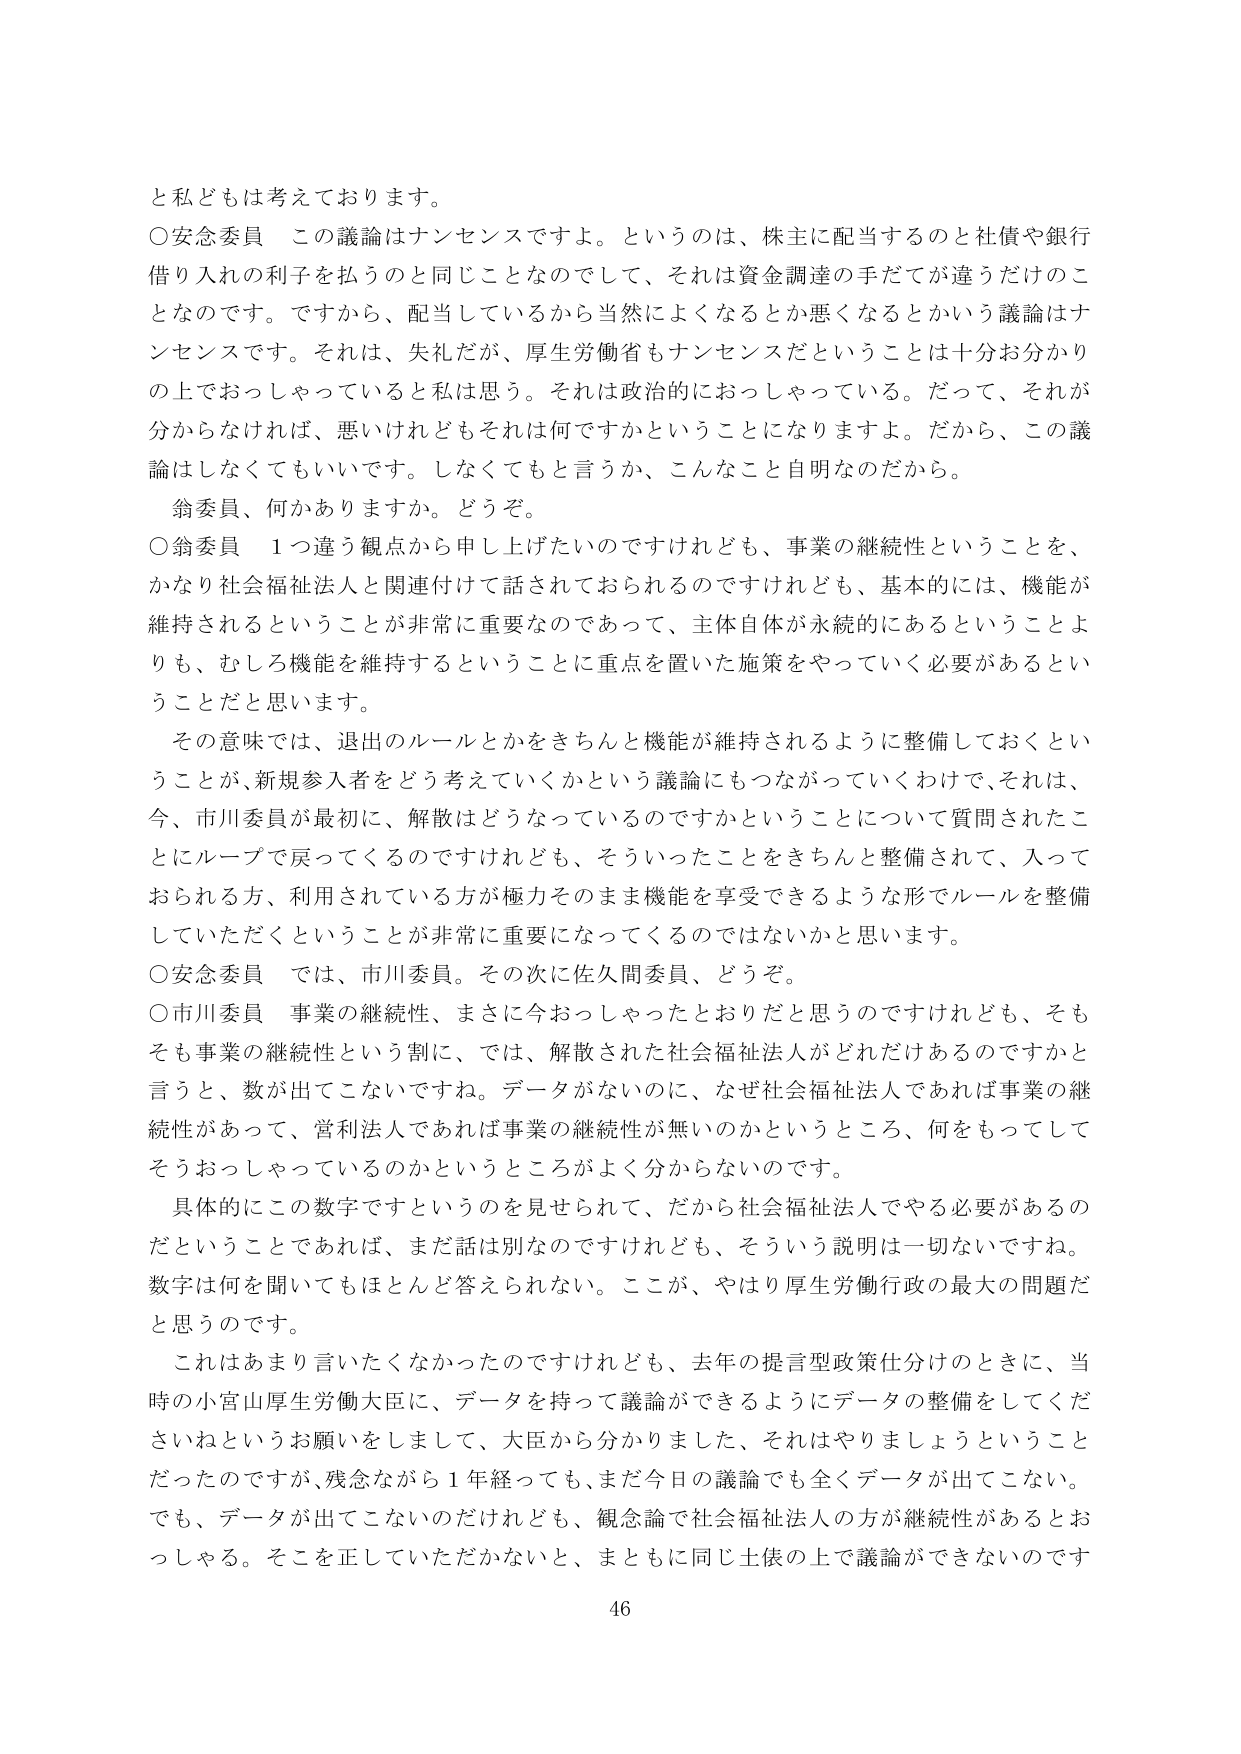
と私どもは考えております。

○安念委員　この議論はナンセンスですよ。というのは、株主に配当するのと社債や銀行借り入れの利子を払うのと同じことなのでして、それは資金調達の手だてが違うだけのことなのです。ですから、配当しているから当然によくなるとか悪くなるとかいう議論はナンセンスです。それは、失礼だが、厚生労働省もナンセンスだということは十分お分かりの上でおっしゃっていると私は思う。それは政治的におっしゃっている。だって、それが分からなければ、悪いけれどもそれは何ですかということになりますよ。だから、この議論はしなくてもいいです。しなくてもと言うか、こんなこと自明なのだから。

翁委員、何かありますか。どうぞ。

○翁委員　1つ違う観点から申し上げたいのですけれども、事業の継続性ということを、かなり社会福祉法人と関連付けて話されておられるのですけれども、基本的には、機能が維持されるということが非常に重要なのであって、主体自体が永続的にあるということよりも、むしろ機能を維持することに重点を置いた施策をやっていく必要があるということだと思います。

その意味では、退出のルールとかをきちんと機能が維持されるように整備しておくということが、新規参入者をどう考えていくかという議論にもつながっていくわけで、それは、今、市川委員が最初に、解散はどうなっているのですかということについて質問されたことにループで戻ってくるのですけれども、そういったことをきちんと整備されて、入っておられる方、利用されている方が極力そのまま機能を享受できるような形でルールを整備していただくということが非常に重要になってくるのではないかと思います。

○安念委員　では、市川委員。その次に佐久間委員、どうぞ。

○市川委員　事業の継続性、まさに今おっしゃったとおりだと思うのですけれども、そもそも事業の継続性という割に、では、解散された社会福祉法人がどれだけあるのですかと言うと、数が出てこないですね。データがないのに、なぜ社会福祉法人であれば事業の継続性があって、営利法人であれば事業の継続性が無いのかというところ、何をもってしてそうおっしゃっているのかというところがよく分からないのです。

具体的にこの数字ですというのを見せられて、だから社会福祉法人でやる必要があるのだということであれば、まだ話は別なのですけれども、そういう説明は一切ないですね。数字は何を聞いてもほとんど答えられない。ここが、やはり厚生労働行政の最大の問題だと思うのです。

これはあまり言いたくなかったのですけれども、去年の提言型政策仕分けのときに、当時の小宮山厚生労働大臣に、データを持って議論ができるようにデータの整備をしてくださいねというお願いをしまして、大臣から分かりました、それはやりましょうということだったのですが、残念ながら1年経っても、まだ今日の議論でも全くデータが出てこない。でも、データが出てこないのだけれども、観念論で社会福祉法人の方が継続性があるとおっしゃる。そこを正していただかないと、まともに同じ土俵の上で議論ができないのです

46